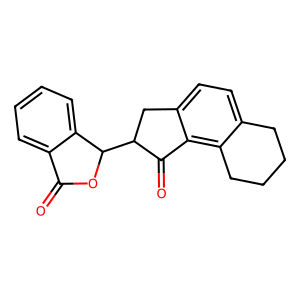
SMILES: O=C1OC(C2Cc3ccc4c(c3C2=O)CCCC4)c2ccccc21
Inhibits HIV replication: No